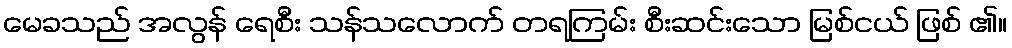
မေခသည် အလွန် ရေစီး သန်သလောက် တရကြမ်း စီးဆင်းသော မြစ်ငယ် ဖြစ် ၏။